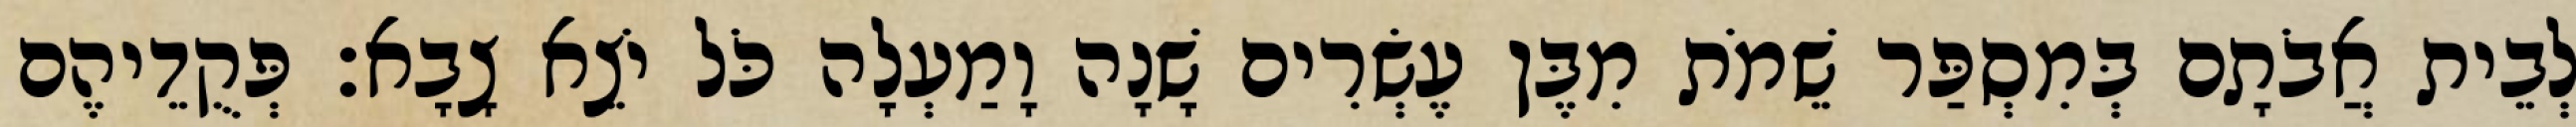
לְבֵית אֲבֹתָם בְּמִסְפַּר שֵׁמֹת מִבֶּן עֶשְׂרִים שָׁנָה וָמַעְלָה כֹּל יֹצֵא צָבָא׃ פְּקֻדֵיהֶם